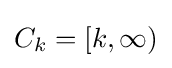
C_{k}=[k,\infty )